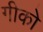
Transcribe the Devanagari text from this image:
गीको